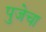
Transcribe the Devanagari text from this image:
पुजेचा